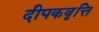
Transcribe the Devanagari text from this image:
दीपकवृत्ति